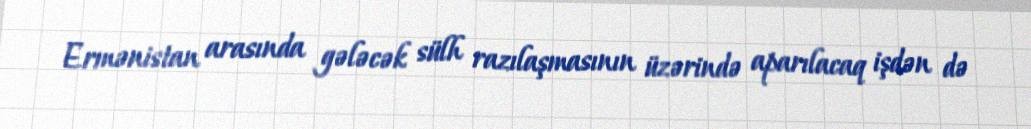
Ermənistan arasında gələcək sülh razılaşmasının üzərində aparılacaq işdən də